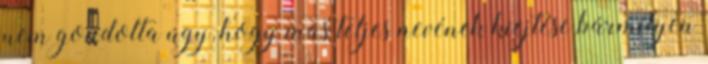
nem gondolta úgy, hogy más teljes nevének kiejtése bármilyen